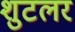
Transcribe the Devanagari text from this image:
शुटलर